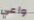
واعي